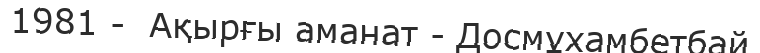
1981 -  Ақырғы аманат - Досмұхамбетбай